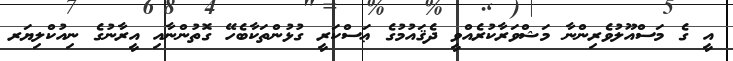
އީ ގެ މަސްއޫލުވެރިންނާ މަޝްވަރާކުރެއްވީ ދެޤައުމުގެ ޢަސްކަރީ ގުޅުންތަކާބެހޭ ގޮތުންނާއި އީރާނުގެ ނިއުކްލިޔަރ